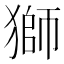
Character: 獅